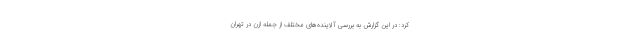
کرد: در این گزارش به بررسی آلاینده‌های مختلف از جمله ازن در تهران